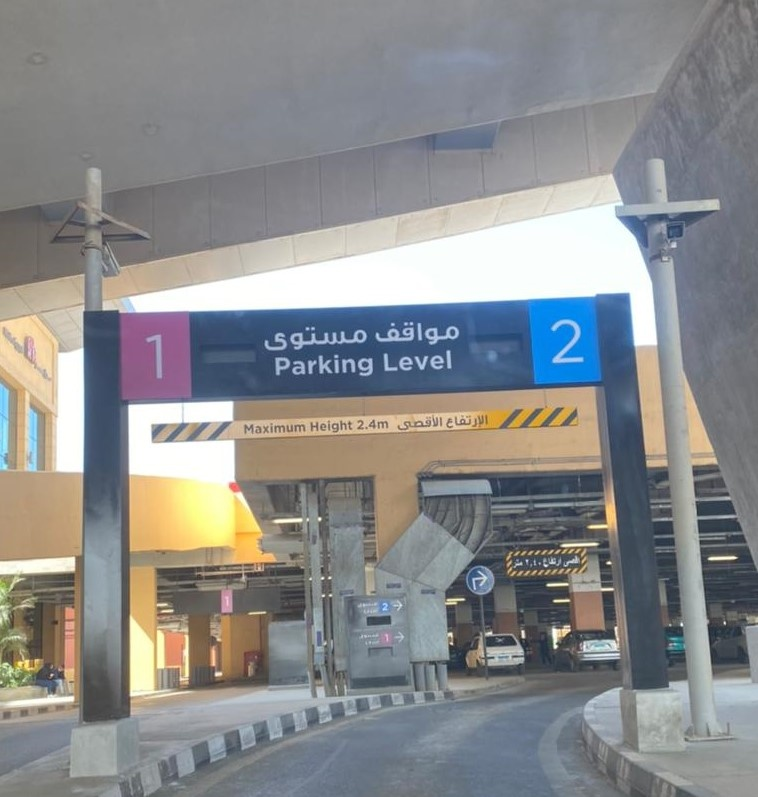
Text in image: مواقف مستوى الإرتفاع الأقصى 2 1 Level Parking 2.4m Height Maximum